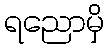
ရညောမှိ